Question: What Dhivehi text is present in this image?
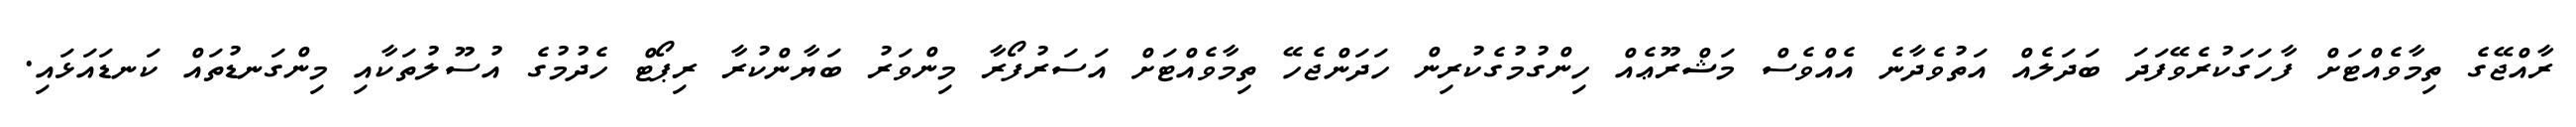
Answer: ރާއްޖޭގެ ތިމާވެއްޓަށް ފާހަގަކުރެވޭފަދަ ބަދަލެއް އަތުވެދާނެ އެއްވެސް މަޝްރޫޢެއް ހިންގުމުގެކުރިން ހަދަންޖެހޭ ތިމާވެއްޓަށް އަސަރުފޯރާ މިންވަރު ބަޔާންކުރާ ރިޕޯޓް ހެދުމުގެ އުސޫލުތަކާއި މިންގަނޑުތައް ކަނޑައަޅައި.